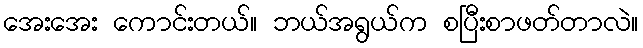
အေးအေး ကောင်းတယ်။ ဘယ်အရွယ်က စပြီးစာဖတ်တာလဲ။